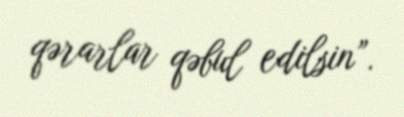
qərarlar qəbul edilsin”.